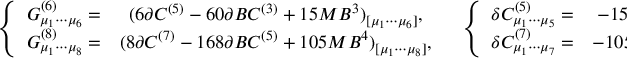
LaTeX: \left. \begin{array} { c c } { { \left\{ \begin{array} { c c } { { G _ { \mu _ { 1 } \cdots \mu _ { 6 } } ^ { ( 6 ) } = } } & { { ( 6 \partial C ^ { ( 5 ) } - 6 0 \partial B C ^ { ( 3 ) } + 1 5 M B ^ { 3 } ) _ { [ \mu _ { 1 } \cdots \mu _ { 6 } ] } , } } \\ { { G _ { \mu _ { 1 } \cdots \mu _ { 8 } } ^ { ( 8 ) } = } } & { { ( 8 \partial C ^ { ( 7 ) } - 1 6 8 \partial B C ^ { ( 5 ) } + 1 0 5 M B ^ { 4 } ) _ { [ \mu _ { 1 } \cdots \mu _ { 8 } ] } , } } \end{array} \right. } } & { { \left\{ \begin{array} { c c } { { \delta C _ { \mu _ { 1 } \cdots \mu _ { 5 } } ^ { ( 5 ) } = } } & { { - 1 5 ( B ^ { 2 } \lambda ) _ { [ \mu _ { 1 } \cdots \mu _ { 5 } ] } , } } \\ { { \delta C _ { \mu _ { 1 } \cdots \mu _ { 7 } } ^ { ( 7 ) } = } } & { { - 1 0 5 ( B ^ { 3 } \lambda ) _ { [ \mu _ { 1 } \cdots \mu _ { 7 } ] } . } } \end{array} \right. } } \end{array} \right.